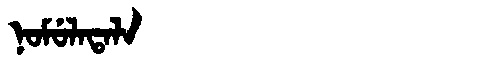
Manchu: ᠨᠣᠮᡠᠯᠠᡨᠠᠯᠠ
Romanization: NOMULATALA